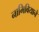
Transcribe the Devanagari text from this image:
नामिबियाने